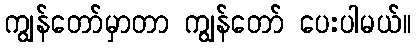
ကျွန်တော်မှာတာ ကျွန်တော် ပေးပါမယ်။